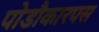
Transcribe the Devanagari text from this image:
पोडौकारपस